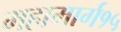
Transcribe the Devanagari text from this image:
महामार्ग१५